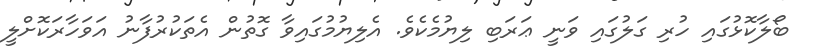
ބޯލާކޮޅުގައި ހުރި ގަލުގައި ވަނީ ޢަރަބި ލިޔުމެކެވެ. އެލިޔުމުގައިވާ ގޮތުން އެތަކުރުފާނު އަވަހާރަކޮށްލީ